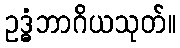
ဥဒ္ဓံဘာဂိယသုတ်။